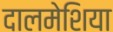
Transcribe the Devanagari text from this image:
दालमेशिया